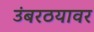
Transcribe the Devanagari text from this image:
उंबरठयावर